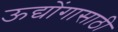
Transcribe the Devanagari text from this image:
ऊद्योंगासाठी